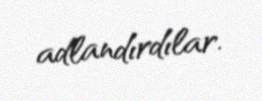
adlandırdılar.